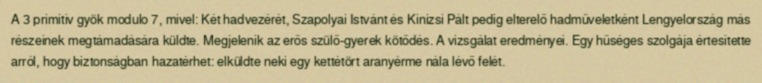
A 3 primitív gyök modulo 7, mivel: Két hadvezérét, Szapolyai Istvánt és Kinizsi Pált pedig elterelő hadműveletként Lengyelország más részeinek megtámadására küldte. Megjelenik az erős szülő-gyerek kötődés. A vizsgálat eredményei. Egy hűséges szolgája értesítette arról, hogy biztonságban hazatérhet: elküldte neki egy kettétört aranyérme nála lévő felét.